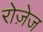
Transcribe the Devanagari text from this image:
रोज़ेज